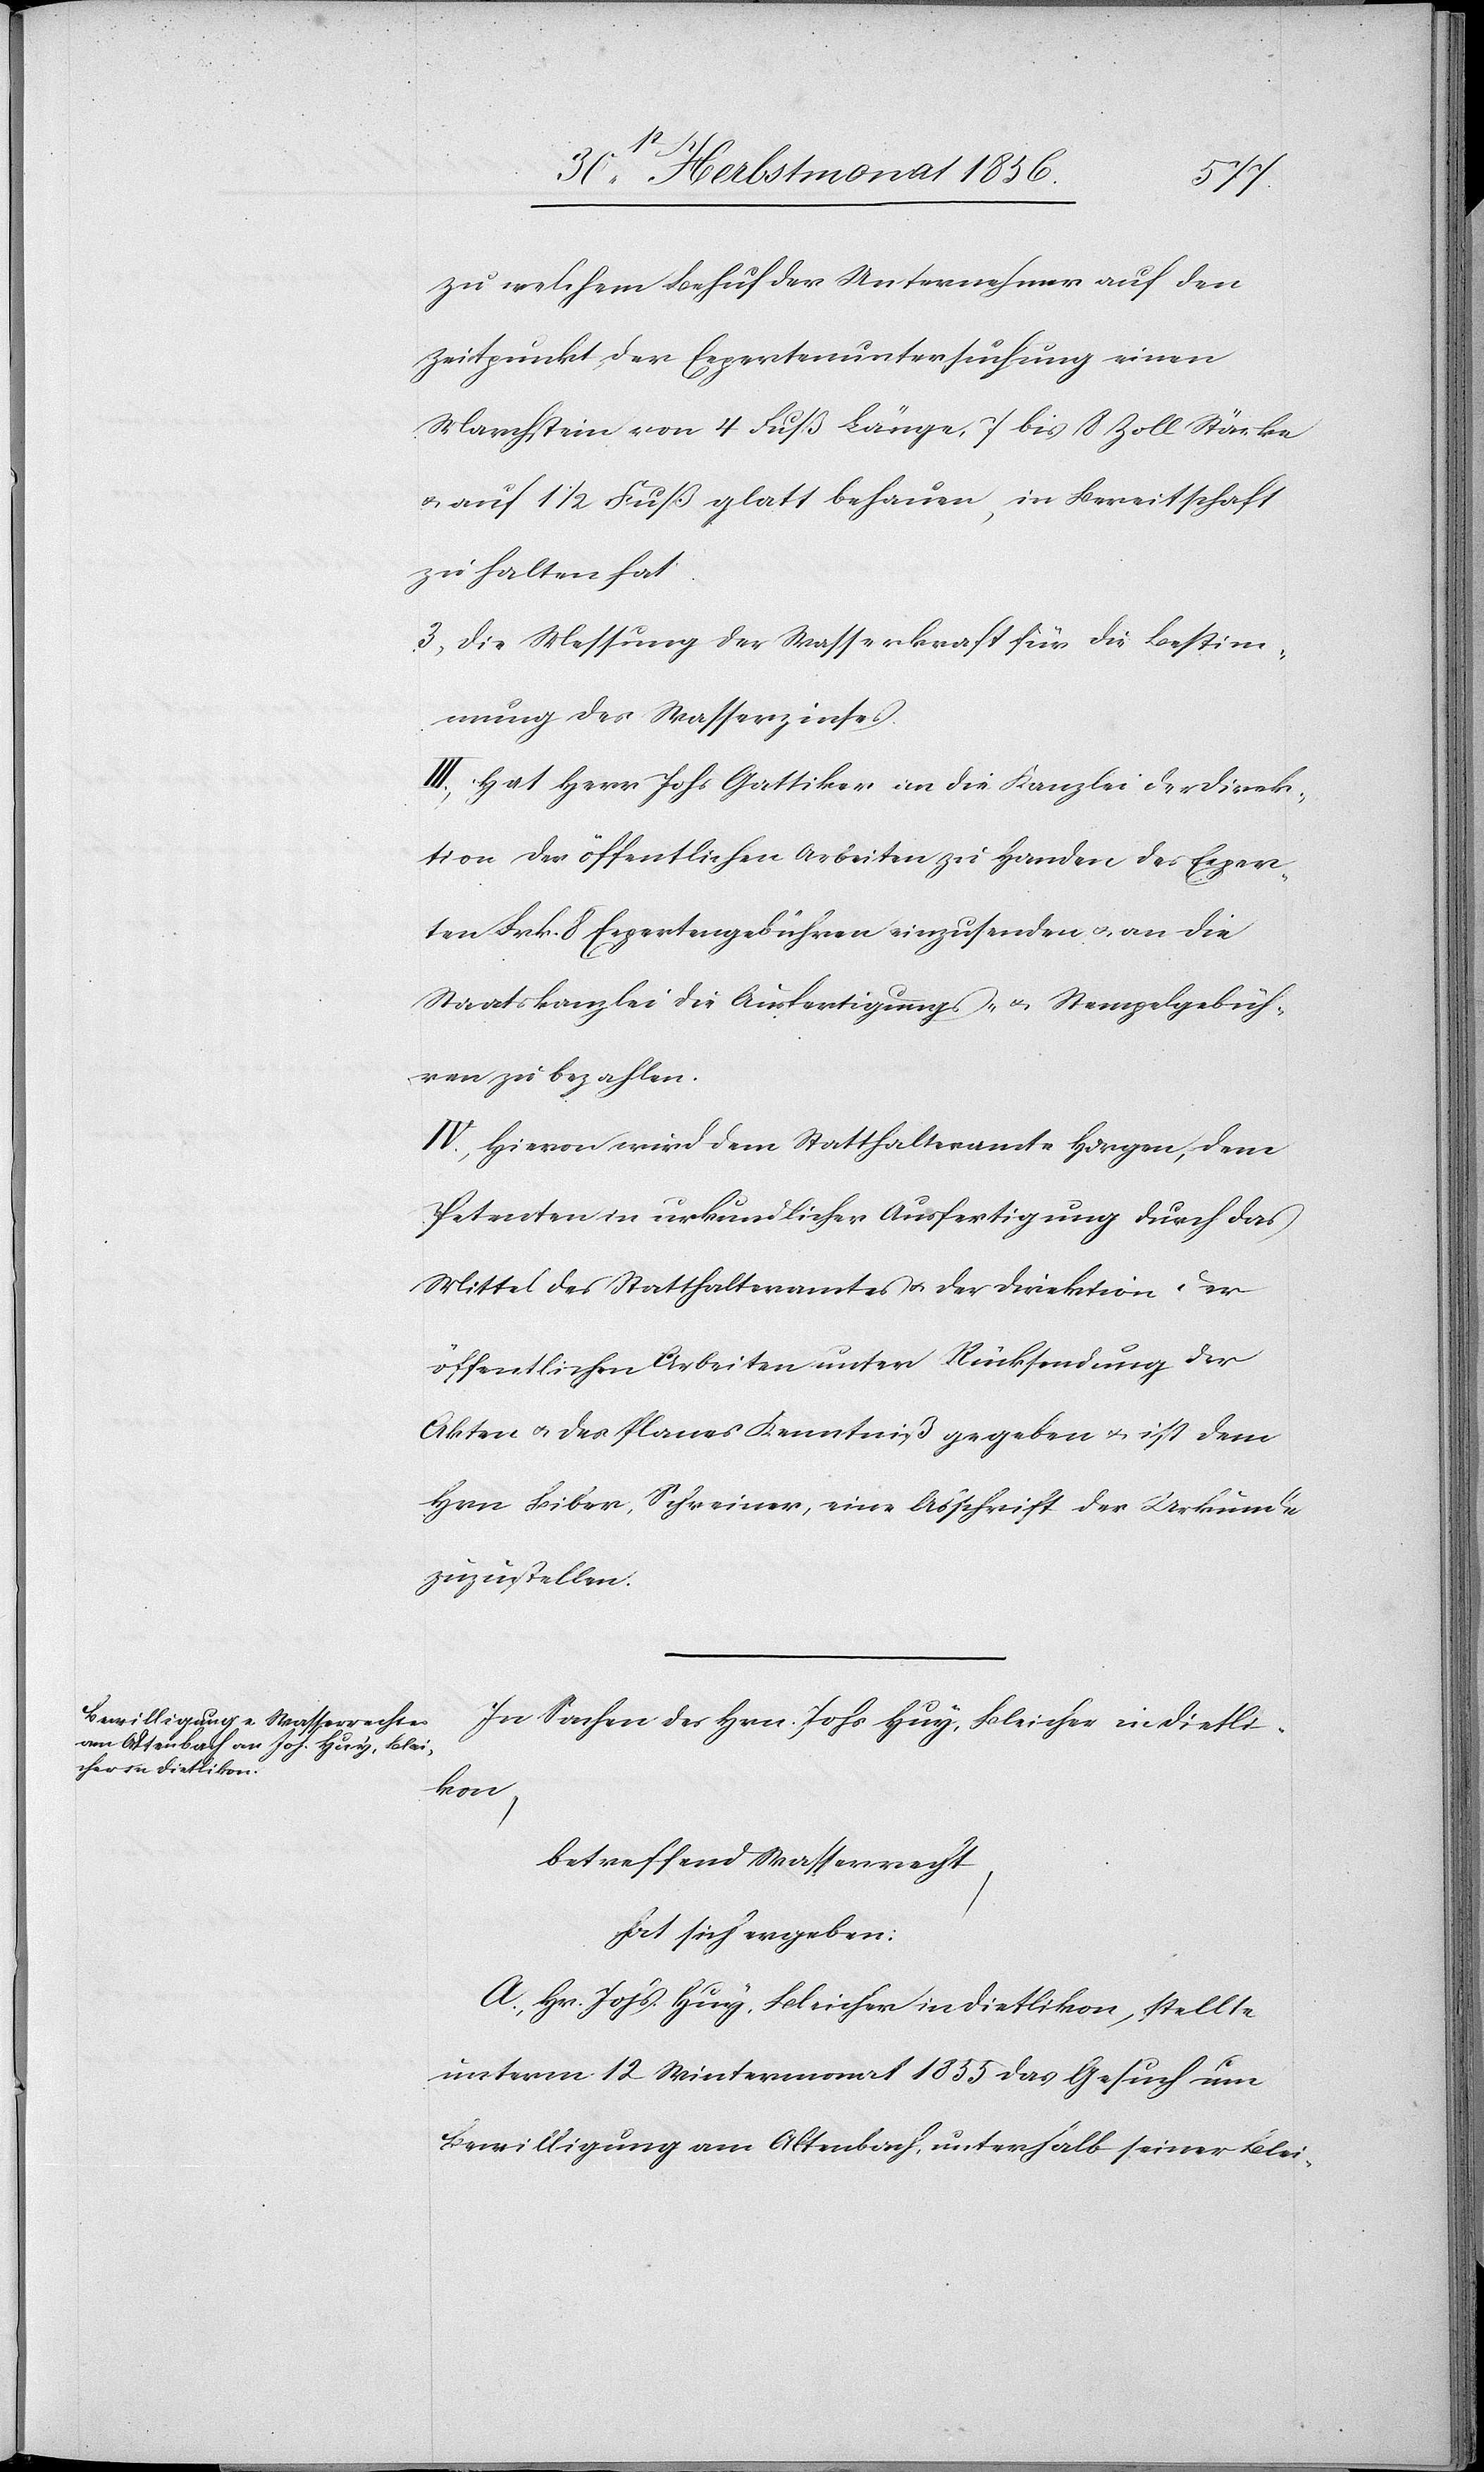
zu welchem Behuf der Unternehmer auf den
Zeitpunkt der Experten Untersuchung einen
Marchstein von 4 Fuß Länge, 7 bis 8 Zoll Stärke
u. auf 1 ½ Fuß glatt behauen, in Bereitschaft
zu halten hat.
3) Die Messung der Wasserkraft für die Bestim¬
mung des Wasserzinses.
III.) Hat Herr Johs Gattiker an die Kanzlei der Direk¬
tion der öffentlichen Arbeiten zu Handen des Exper¬
ten Frk. 8 Expertengebühr einzusenden u. an die
Staatskanzlei die Ausfertigungs- u. Stempelgebüh¬
ren zu bezahlen.
IV.) Hievon wird dem Statthalteramte Horgen, dem
Petenten in urkundlicher Ausfertigung durch das
Mittel des Statthalteramtes u. der Direktion der
öffentlichen Arbeiten unter Rücksendung der
Akten u. des Planes Kenntniß gegeben u. ist dem
Hrn Biber, Schreiner, eine Abschrift der Urkunde
zuzustellen.
In Sachen des Hrn. Johs Huy, Bleicher in Dietli¬
kon,
betreffend Wasserrecht,
hat sich ergeben:
A.) Hr. Johs. Huy, Bleicher in Dietlikon, stellte
unterm 12 Wintermonat 1855 das Gesuch um
Bewilligung am Altenbach, unterhalb seiner Blei-